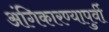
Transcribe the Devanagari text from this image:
अंगिकारण्यापुर्वी